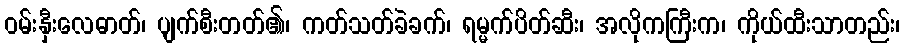
ဝမ်းနှီးလေဓာတ်၊ ပျက်စီးတတ်၏၊ ကတ်သတ်ခဲခက်၊ ရမ္မက်ပိတ်ဆီး၊ အလိုကကြီးက၊ ကိုယ်ထီးသာတည်း၊